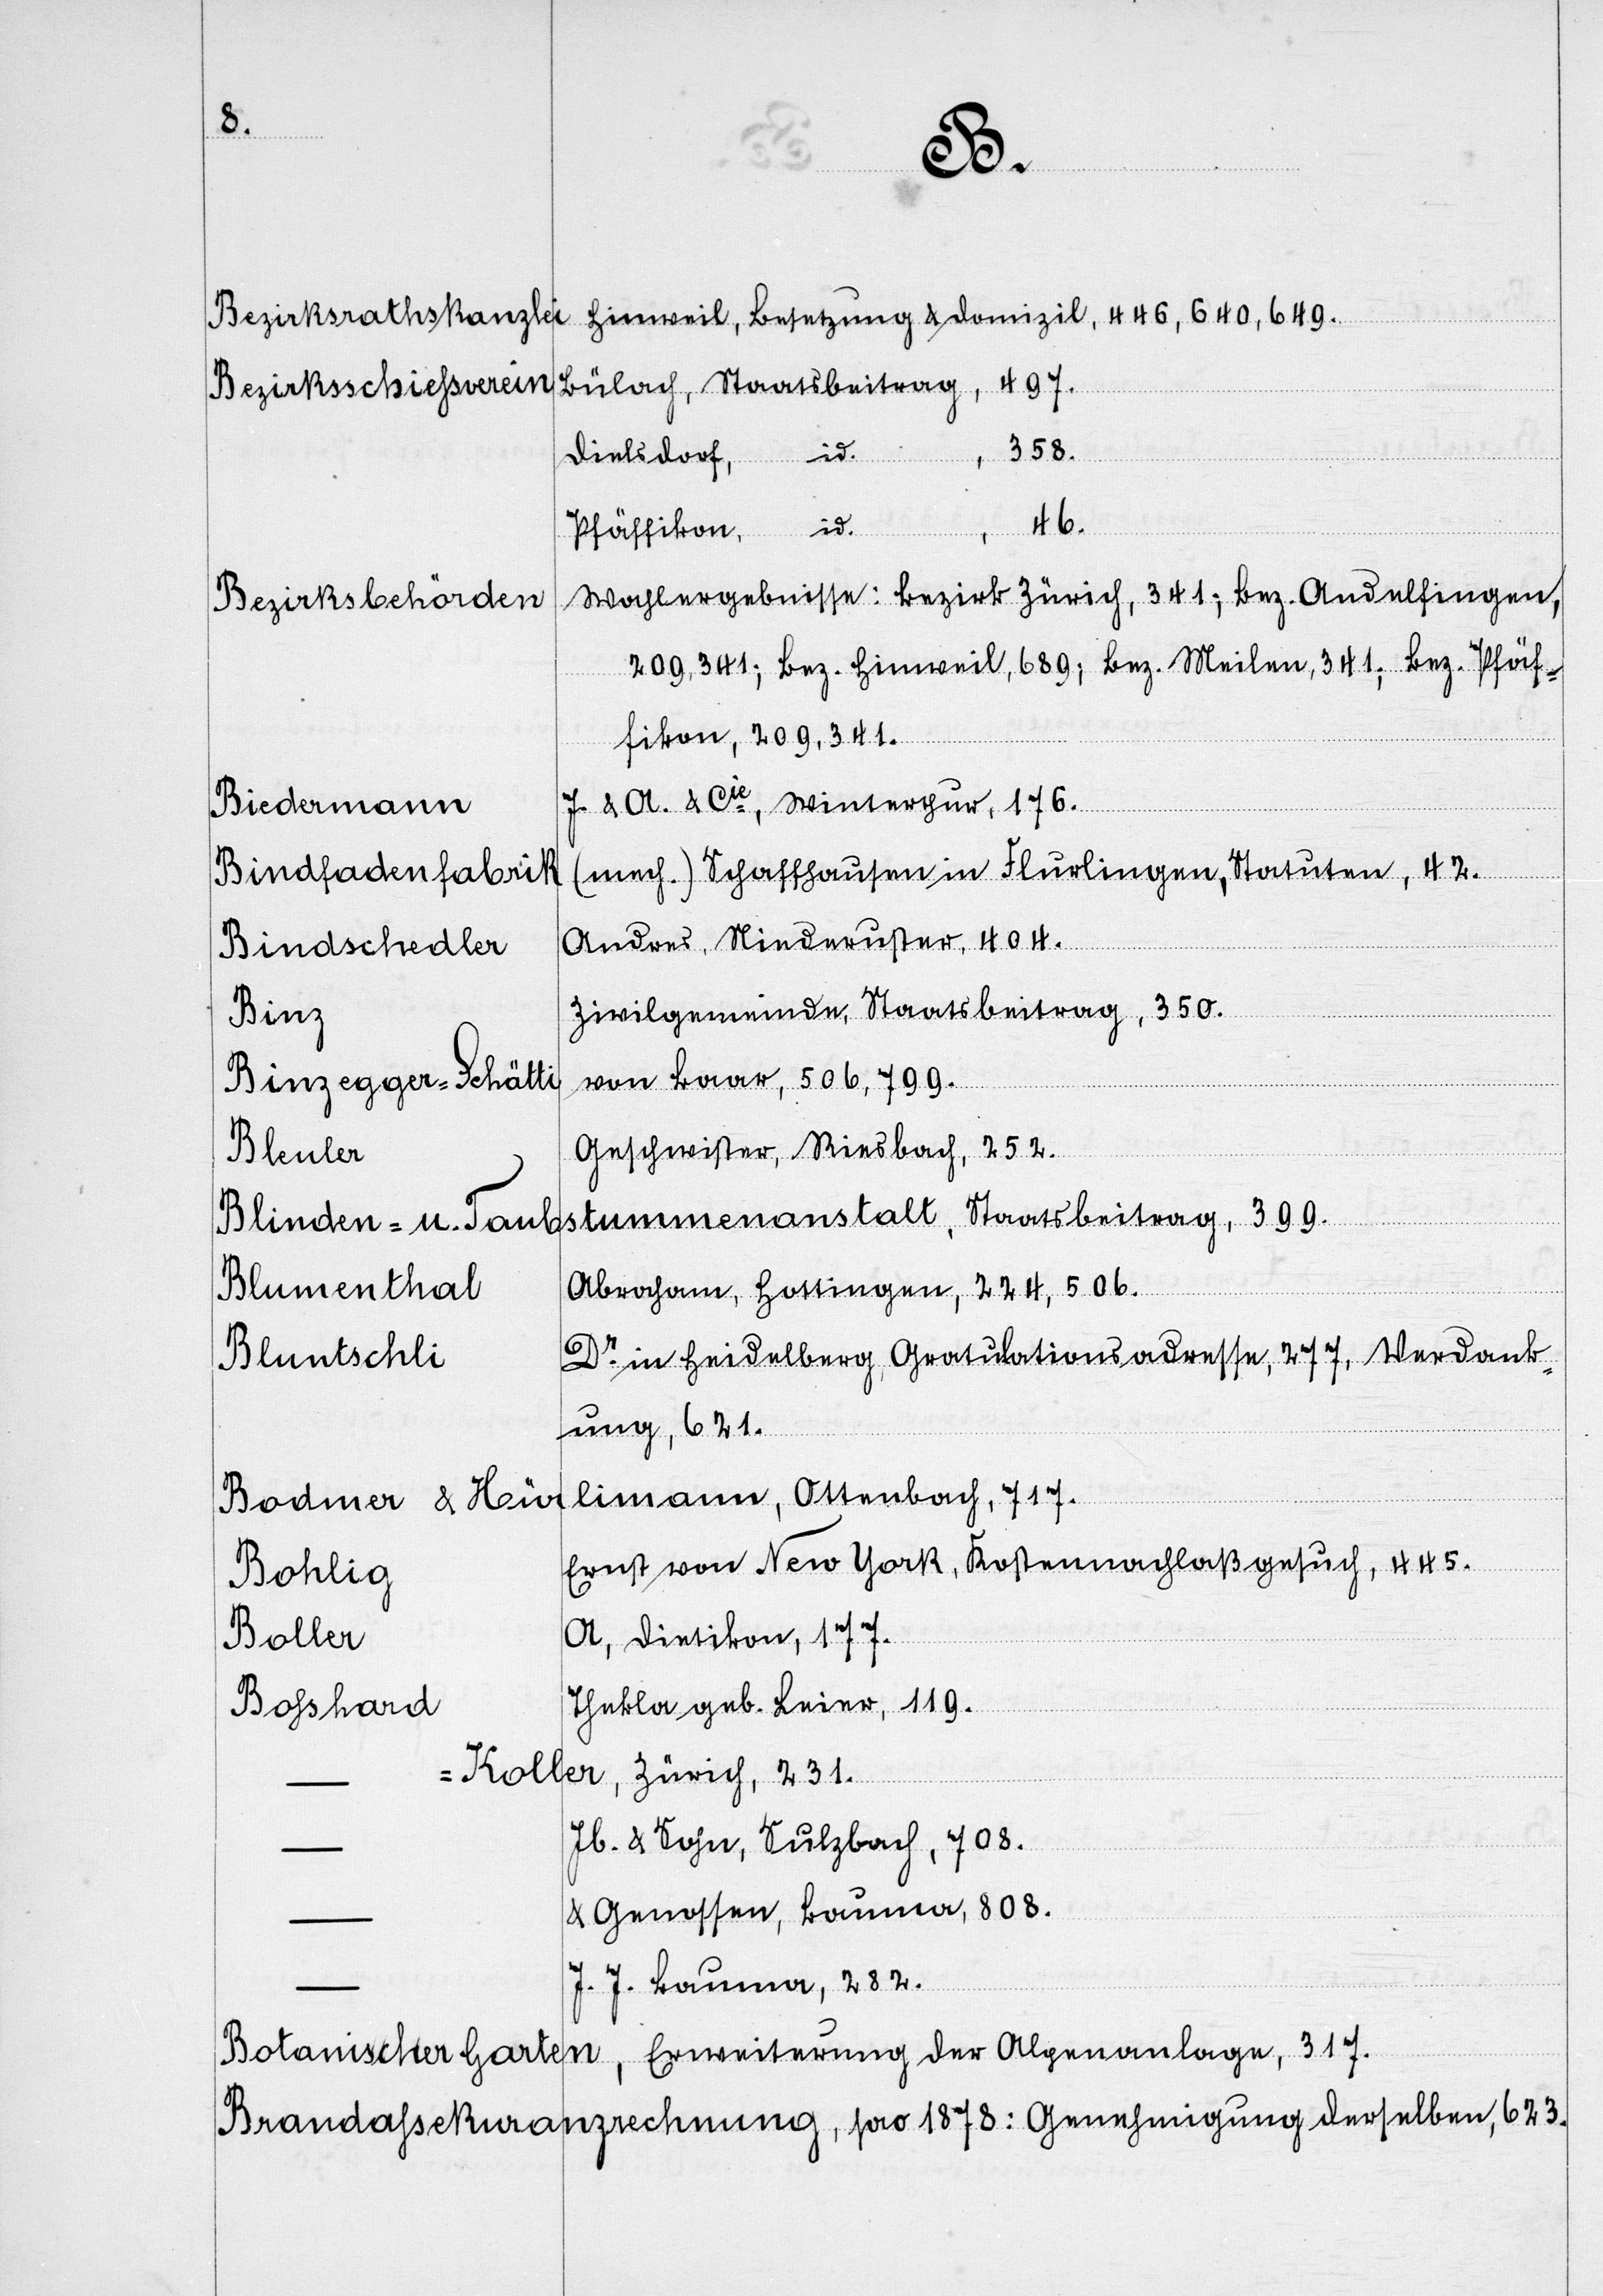
eine
6.
in Bern,
Schneebeli,
Generalagent
Affoltern,
h. a. über¬